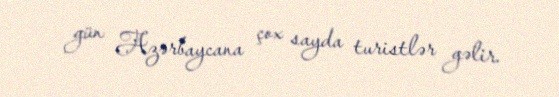
gün Azərbaycana çox sayda turistlər gəlir.